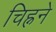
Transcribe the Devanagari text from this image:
चिह्नने